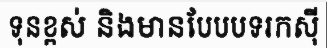
ទុនខ្ពស់ និងមានបែបបទរកស៊ី